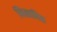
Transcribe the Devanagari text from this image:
निस्रावित